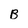
Character: B